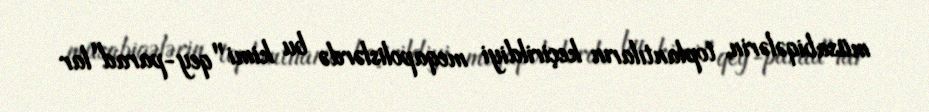
müsabiqələrin, toplantıların keçirildiyi meqapolislərdə bu kimi "qey-parad"lar